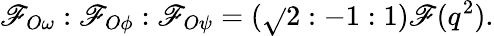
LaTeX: \mathscr{F}_{O\omega}:\mathscr{F}_{O\phi}:\mathscr{F}_{O\psi}=(\sqrt{}{{2}}:-1:1)\mathscr{F}(q^{2}).